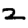
Digit: 2